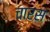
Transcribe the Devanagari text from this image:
चारस